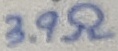
Text: 3.9Ω